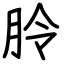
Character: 朎